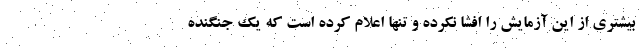
بیشتری از این آزمایش را افشا نکرده و تنها اعلام کرده است که یک جنگنده